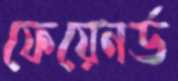
ফেয়েনর্ড